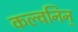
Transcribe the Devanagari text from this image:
कल्वनिन्